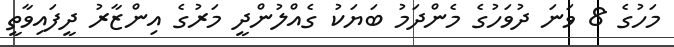
މަހުގެ 8 ވަނަ ދުވަހުގެ މެންދަމު ބަޔަކު ގެއްލުންދީ މަރުގެ އިންޒާރު ދީފައިވާތީ